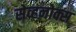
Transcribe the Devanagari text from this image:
सेव्हनोक्स